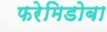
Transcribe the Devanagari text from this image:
फरेमिडोबा